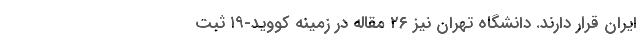
ایران قرار دارند. دانشگاه تهران نیز ۲۶ مقاله در زمینه کووید-۱۹ ثبت